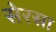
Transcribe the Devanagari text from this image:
सेरसा